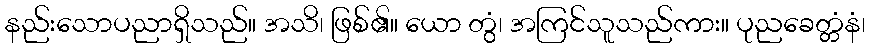
နည်းသောပညာရှိသည်။ အသိ၊ ဖြစ်၏။ ယော တွံ၊ အကြင်သူသည်ကား။ ပုညခေတ္တံနံ၊